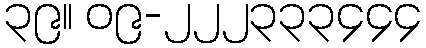
၃၉။ ၀၉-၂၂၂၃၃၃၄၄၄